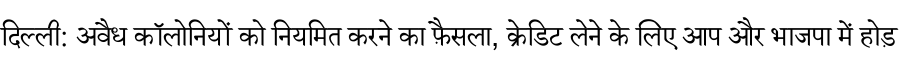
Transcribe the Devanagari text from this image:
दिल्ली: अवैध कॉलोनियों को नियमित करने का फ़ैसला, क्रेडिट लेने के लिए आप और भाजपा में होड़